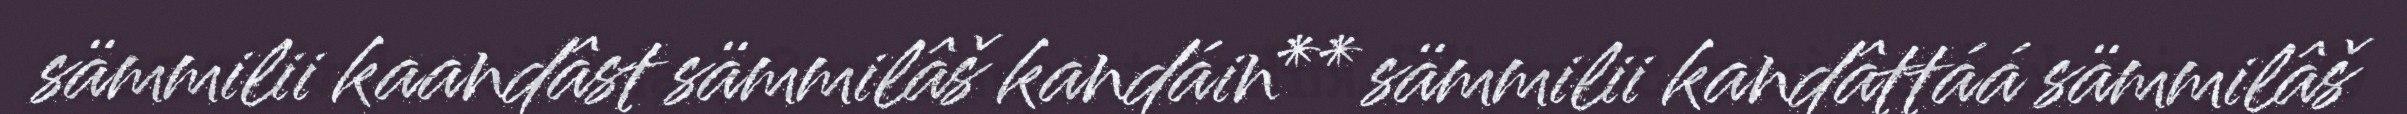
sämmilii kaandâst sämmilâš kandáin** sämmilii kandâttáá sämmilâš